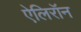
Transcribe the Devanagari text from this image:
ऐलिरॉन